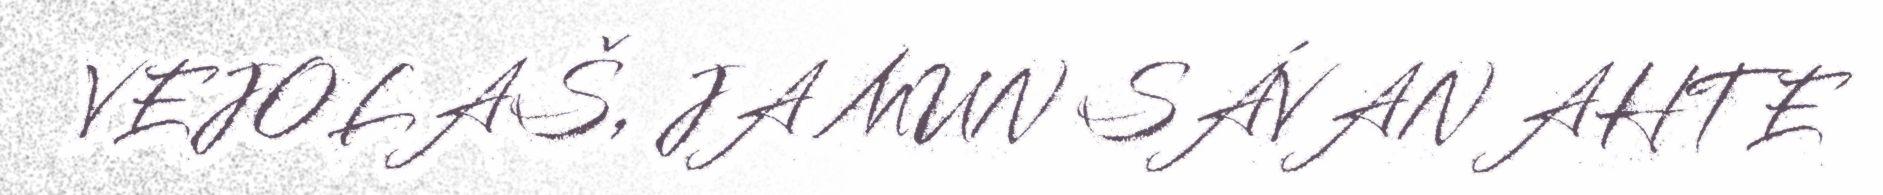
VEJOLAŠ, JA MUN SÁVAN AHTE